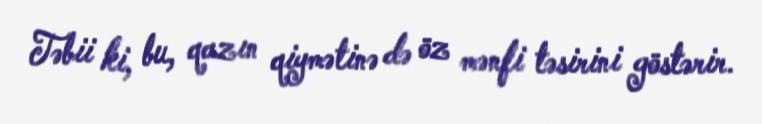
Təbii ki, bu, qazın qiymətinə də öz mənfi təsirini göstərir.